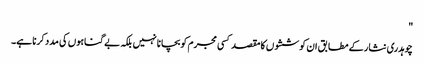
"
چوہدری نثار کے مطابق ان کوششوں کا مقصد کسی مجرم کو بچانا نہیں بلکہ بے گناہوں کی مدد کرنا ہے۔